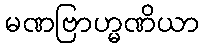
မဏဗြာဟ္မဏိယာ